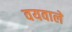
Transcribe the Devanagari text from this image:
वयवाले